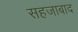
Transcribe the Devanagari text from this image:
सहजाबाद